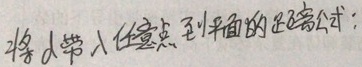
将 \(d\) 代入任意点到平面的距离公式：